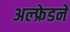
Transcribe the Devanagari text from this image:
अल्फ्रेडने